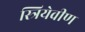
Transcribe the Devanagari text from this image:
स्त्रियेवीण